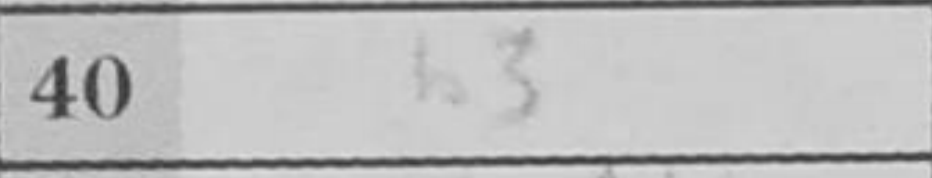
Transcription: b3